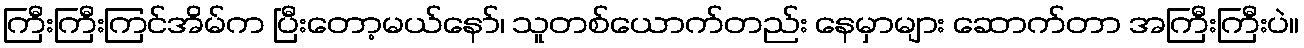
ကြီးကြီးကြင်အိမ်က ပြီးတော့မယ်နော်၊ သူတစ်ယောက်တည်း နေမှာများ ဆောက်တာ အကြီးကြီးပဲ။